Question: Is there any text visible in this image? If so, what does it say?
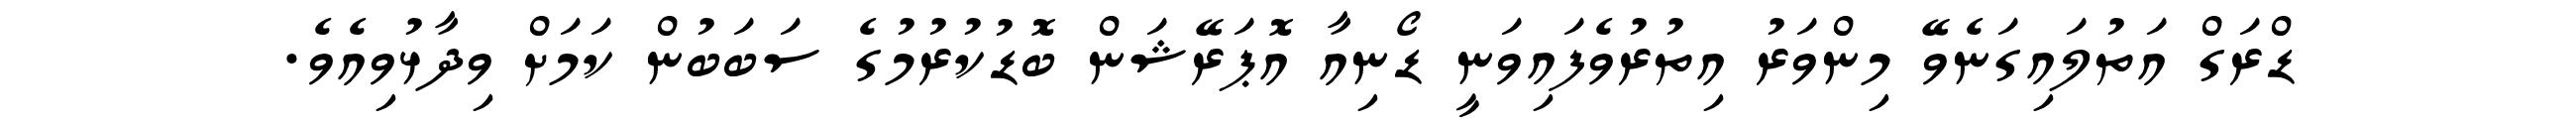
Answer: ޑްރަގް އަތުލައިގަނެވޭ މިންވަރު އިތުރުވެފައިވަނީ ޑޯނިއާ އޮޕަރޭޝަން ބޮޑުކުރުމުގެ ސަބަބުން ކަމަށް ވިދާޅުވިއެވެ.